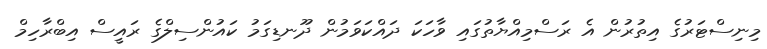
މިނިސްޓަރުގެ އިތުރުން އެ ރަސްމިއްޔާތުގައި ވާހަކަ ދައްކަވަމުން ދޫނޑިގަމު ކައުންސިލްގެ ރައީސް އިބްރާހިމް